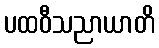
ပထဝီသညာယာတိ